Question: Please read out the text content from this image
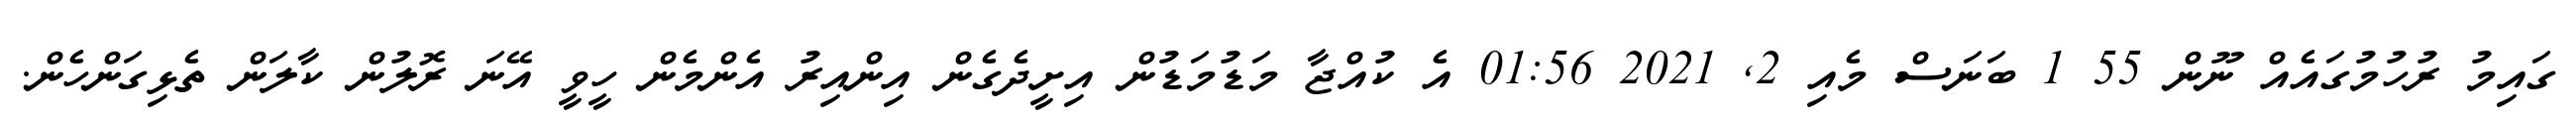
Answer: ގައިމު ރުހުމުގައެއް ނޫން 55 1 ބަނަސް މެއި 2, 2021 01:56 އެ ކުއްޖާ މަޑުމަޑުން އިށީދެގެން އިންއިރު އެންމެން ހީވީ އޭނަ ރޮލުން ކާލަން ތެޅިގަންހެން.